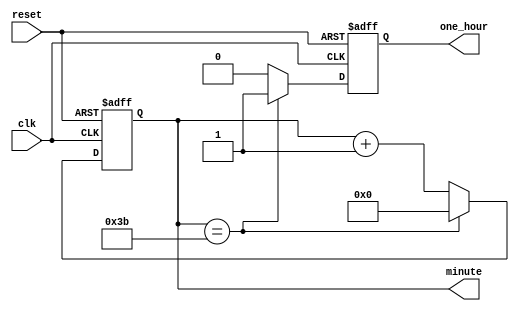
module MinuteCounter(
    input clk,     // Clock input, c kch hot mi khi mt pht tri qua
    input reset,   // Reset input  t li b m v 0
    output reg [5:0] minute = 0, // 6-bit output cho gi tr pht
	 output reg one_hour =0// Output that indicates a hour has passed
);

always @(posedge clk or negedge reset) begin
    if (~reset) begin
        // Nu reset, t li gi tr pht v 0
        minute <= 40;
		  one_hour<=0;
    end else if (minute == 59) begin
        // Nu t n 59 pht, quay li 0
        minute <= 0;
		  one_hour<=1;
    end else begin
        // Nu khng, tng gi tr pht ln 1
        minute <= minute + 1;
		  one_hour<=0;
    end
end

endmodule